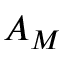
A _ { M }